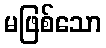
မဖြစ်သော